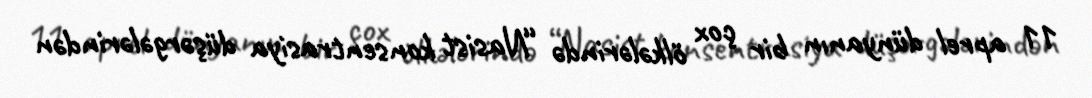
11 aprel dünyanın bir çox ölkələrində “Nasist konsentrasiya düşərgələrindən